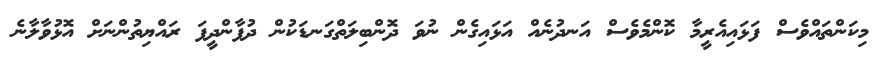
މިކަންތައްވެސް ފަޅައިއެރީމާ ކޮންމެވެސް އަނދުނެއް އަޅައިގެން ނުވަ ދޮންބިލަތްގަނޑަކުން ދުފާންދީފަ ރައްޔިތުންނަށް އޮޅުވާލާނެ